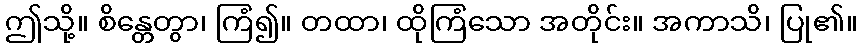
ဤသို့။ စိန္တေတွာ၊ ကြံ၍။ တထာ၊ ထိုကြံသော အတိုင်း။ အကာသိ၊ ပြု၏။